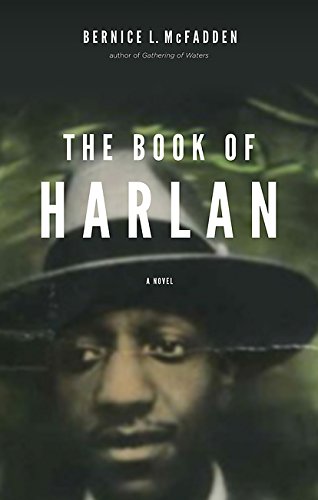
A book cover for The Book of Harlan; Bernice L. McFadden; Literature & Fiction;